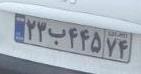
۲۳ب۴۴۵۷۴